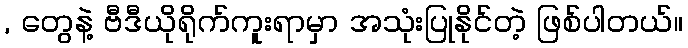
, တွေနဲ့ ဗီဒီယိုရိုက်ကူးရာမှာ အသုံးပြုနိုင်တဲ့ ဖြစ်ပါတယ်။